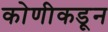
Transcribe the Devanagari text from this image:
कोणीकडून